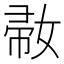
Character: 𡞒